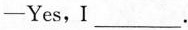
—Yes,I ___.